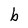
Character: b